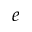
e